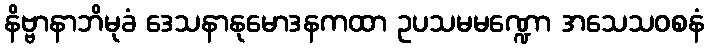
နိဗ္ဗာနာဘိမုခံ ဒေသနာနုမောဒနကထာ ဥပသမမဏ္ဍော အသေသဝစနံ